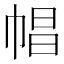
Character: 𢃑